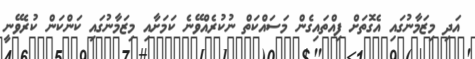
އަދި މިޒަމާނުގައި އެގޮތަށް ފިއްތައިގެން މަސައްކަތް ނުކުރެއްވޭނެ ކަމަށާއި މިޒަމާނުގައި ކަންކަން ކުރެވޭނީ